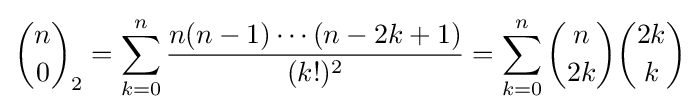
{n \choose 0}_{2}=\sum _{k=0}^{n}{\frac {n(n-1)\cdots (n-2k+1)}{(k!)^{2}}}=\sum _{k=0}^{n}{n \choose 2k}{2k \choose k}